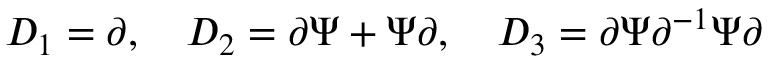
{ \cal D } _ { 1 } = \partial , \quad { \cal D } _ { 2 } = \partial \Psi + \Psi \partial , \quad { \cal D } _ { 3 } = \partial \Psi \partial ^ { - 1 } \Psi \partial